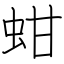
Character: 蚶